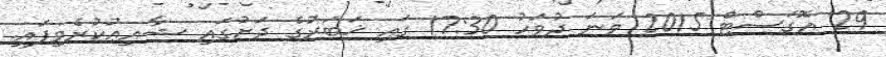
29 އޮގަސްޓް 2015 ވަނަ ދުވަހު 17:30 ގައި ޚަބަރުގެ ދަށުގައި ޝާއިޢުކުރެވިފައި.